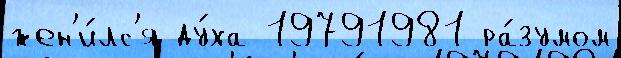
жен'и́лс'я ду́ха 19791981 ра́зумом